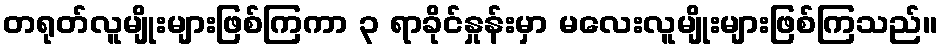
တရုတ်လူမျိုးများဖြစ်ကြကာ ၃ ရာခိုင်နှုန်းမှာ မလေးလူမျိုးများဖြစ်ကြသည်။